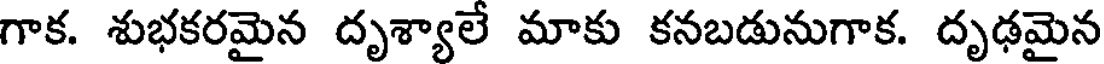
గాక. శుభకరమైన దృశ్యాలే మాకు కనబడునుగాక. దృఢమైన